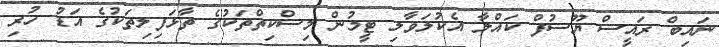
ނައިބް ރައީސް ޔޫސުފް ކައްލާ އެކުލަވާލި ޓީމުން މިސްކިތްތަކުގެ ތާޅަފިލިތަކުގެ އަޑު ހުރި